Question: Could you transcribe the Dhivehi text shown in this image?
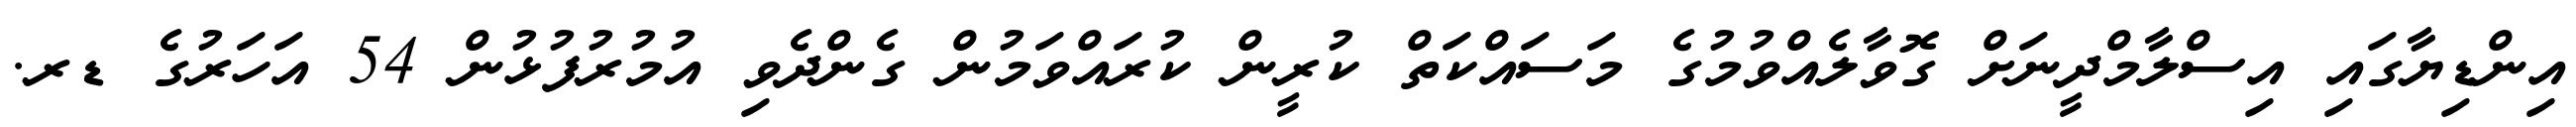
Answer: އިންޑިޔާގައި އިސްލާމްދީނަށް ގޮވާލެއްވުމުގެ މަސައްކަތް ކުރީން ކުރައްވަމުން ގެންދެވި އުމުރުފުޅުން 54 އަހަރުގެ ޑރ.